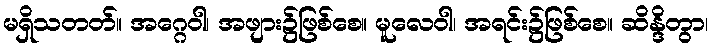
မရှိသတတ်။ အဂ္ဂေဝါ၊ အဖျား၌ဖြစ်စေ။ မူလေဝါ၊ အရင်း၌ဖြစ်စေ။ ဆိန္ဒိတွာ၊